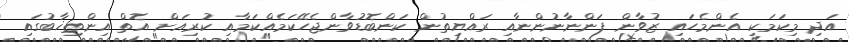
އަދި މިކަމަކީ އެންމެހައި ޒުވާން ފަންނާނުންނާއި ރައްޔިތުން ކަންބޮޑުވާންޖެހޭކަމެއްކަމާއި ކުރިއަށް އޮތް އިންތިޚާބުގައި